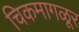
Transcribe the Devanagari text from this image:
चिकमागळूर